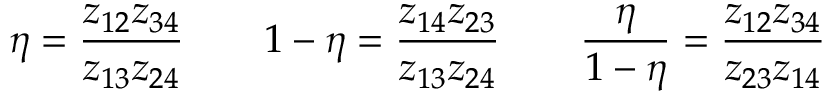
\eta = \frac { z _ { 1 2 } z _ { 3 4 } } { z _ { 1 3 } z _ { 2 4 } } \qquad 1 - \eta = \frac { z _ { 1 4 } z _ { 2 3 } } { z _ { 1 3 } z _ { 2 4 } } \qquad \frac { \eta } { 1 - \eta } = \frac { z _ { 1 2 } z _ { 3 4 } } { z _ { 2 3 } z _ { 1 4 } }